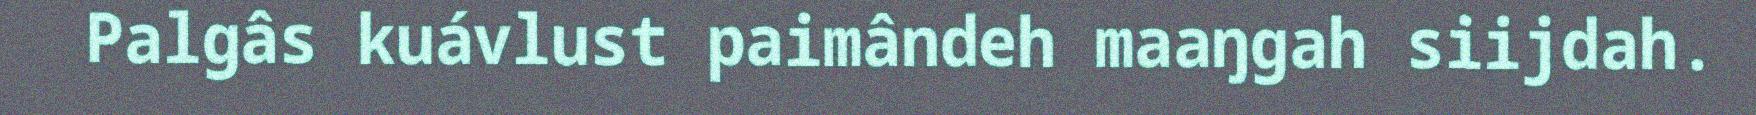
Palgâs kuávlust paimândeh maaŋgah siijdah.